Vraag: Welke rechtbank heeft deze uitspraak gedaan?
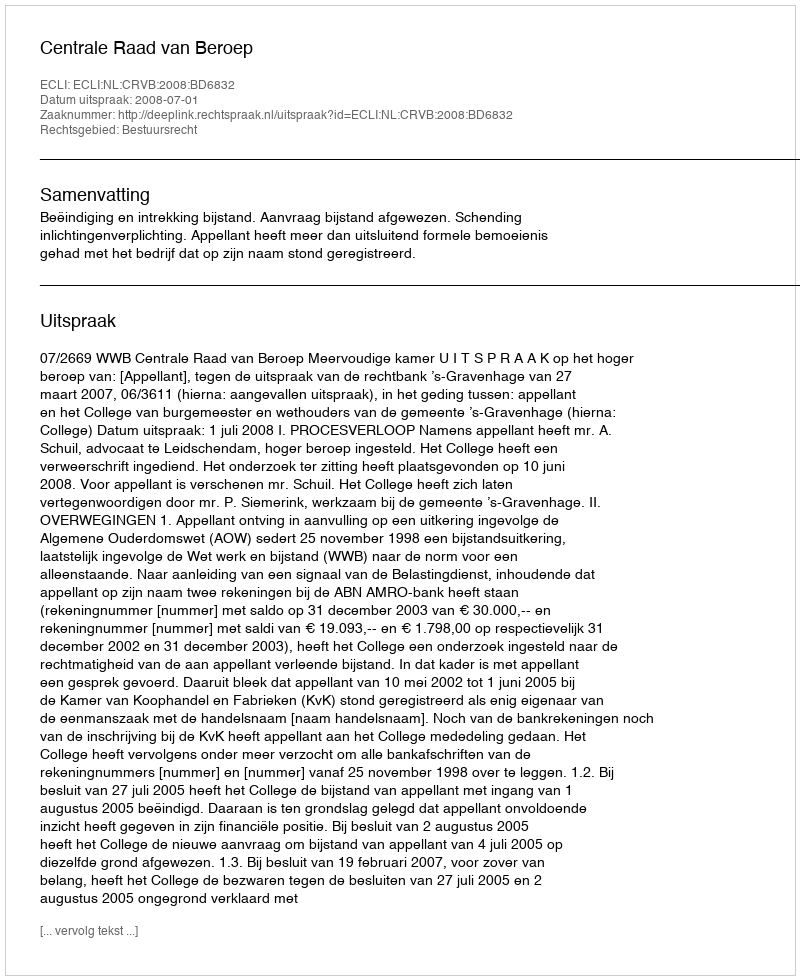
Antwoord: Centrale Raad van Beroep